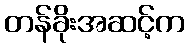
တန်ခိုးအဆင့်က